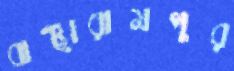
বাঞ্ছারামপুর